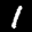
Label: 1